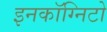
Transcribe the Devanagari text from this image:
इनकॉग्निटो